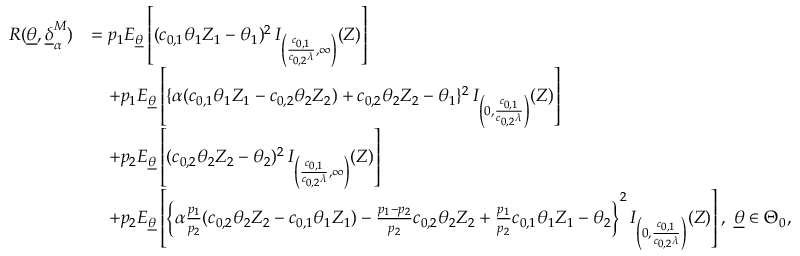
\begin{array} { r l } { R ( \underline { { \theta } } , \underline { { \delta } } _ { \alpha } ^ { M } ) } & { = p _ { 1 } E _ { \underline { { \theta } } } \left[ ( c _ { 0 , 1 } \theta _ { 1 } Z _ { 1 } - \theta _ { 1 } ) ^ { 2 } \, I _ { \left( \frac { c _ { 0 , 1 } } { c _ { 0 , 2 } \lambda } , \infty \right) } ( Z ) \right] } \\ & { \quad + p _ { 1 } E _ { \underline { { \theta } } } \left[ \{ \alpha ( c _ { 0 , 1 } \theta _ { 1 } Z _ { 1 } - c _ { 0 , 2 } \theta _ { 2 } Z _ { 2 } ) + c _ { 0 , 2 } \theta _ { 2 } Z _ { 2 } - \theta _ { 1 } \} ^ { 2 } \, I _ { \left( 0 , \frac { c _ { 0 , 1 } } { c _ { 0 , 2 } \lambda } \right) } ( Z ) \right] } \\ & { \quad + p _ { 2 } E _ { \underline { { \theta } } } \left[ ( c _ { 0 , 2 } \theta _ { 2 } Z _ { 2 } - \theta _ { 2 } ) ^ { 2 } \, I _ { \left( \frac { c _ { 0 , 1 } } { c _ { 0 , 2 } \lambda } , \infty \right) } ( Z ) \right] } \\ & { \quad + p _ { 2 } E _ { \underline { { \theta } } } \left[ \bigg \{ \alpha \frac { p _ { 1 } } { p _ { 2 } } ( c _ { 0 , 2 } \theta _ { 2 } Z _ { 2 } - c _ { 0 , 1 } \theta _ { 1 } Z _ { 1 } ) - \frac { p _ { 1 } - p _ { 2 } } { p _ { 2 } } c _ { 0 , 2 } \theta _ { 2 } Z _ { 2 } + \frac { p _ { 1 } } { p _ { 2 } } c _ { 0 , 1 } \theta _ { 1 } Z _ { 1 } - \theta _ { 2 } \bigg \} ^ { 2 } \, I _ { \left( 0 , \frac { c _ { 0 , 1 } } { c _ { 0 , 2 } \lambda } \right) } ( Z ) \right] , \; \underline { { \theta } } \in \Theta _ { 0 } , } \end{array}